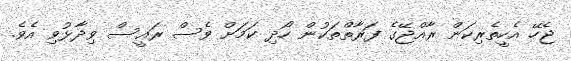
ޖެހޭ އެހީތެރިކަން ރާއްޖޭގެ ފަރާތްތަކުން ހޯދި ކަމަށް ވެސް ރައީސް ވިދާޅުވި އެވެ.